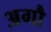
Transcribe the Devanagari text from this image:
अगौ